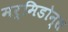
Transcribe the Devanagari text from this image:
मर्मिडोन्स